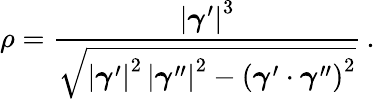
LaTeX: \rho={\frac{\left|{\boldsymbol{\gamma}}^{\prime}\right|^{3}}{\sqrt{\left|{\boldsymbol{\gamma}}^{\prime}\right|^{2}\, \left|{\boldsymbol{\gamma}}^{\prime\prime}\right|^{2}-\left({\boldsymbol{\gamma}}^{\prime}\cdot{\boldsymbol{\gamma}}^{\prime\prime}\right)^{2}}}}\, .